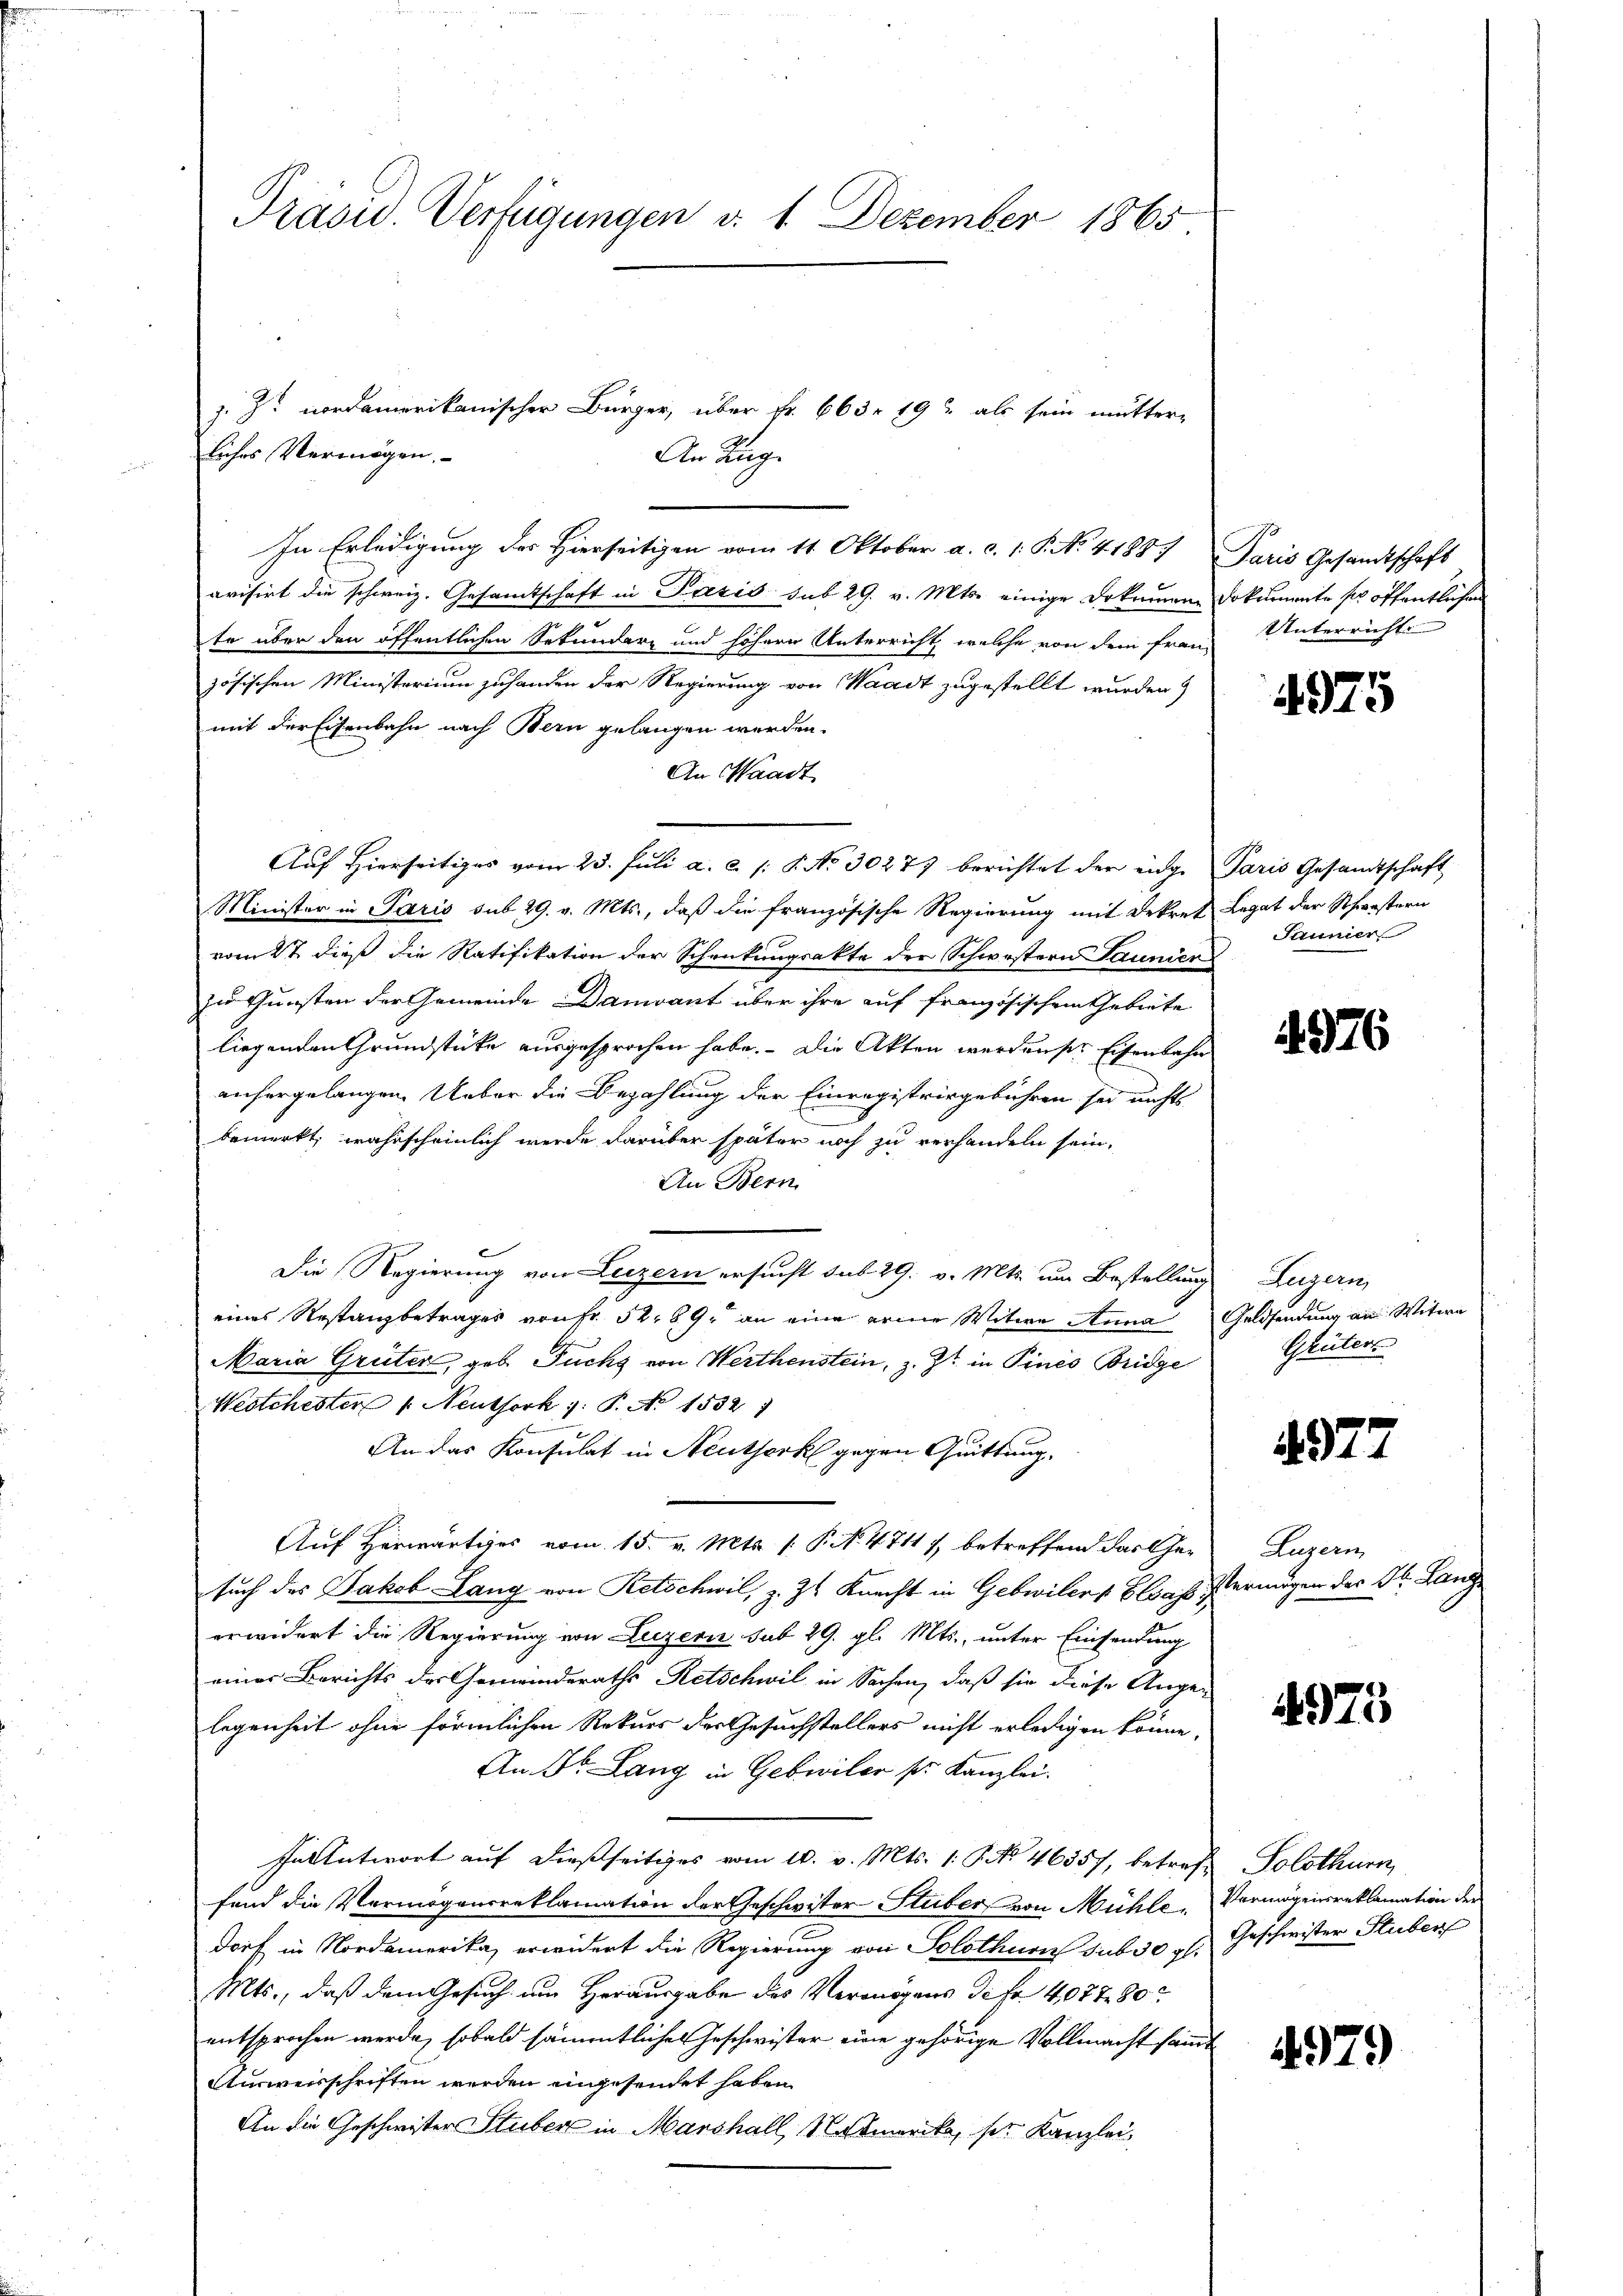
Präsu. Verfügungen d. 1. Dezember 1865

liches Vermögen.
In Erledigung des Hierseitigen vom 11. Oktober a. c. 1 S. No. 41887 Paris Gesandtschaft
avisirt die schweiz. Gesamtschaft in Pazis sub 29. v. Mts. einige Dokumen Dokumente ser öffentlichen
te über den öffentlichen Sekundarz und höhere Unterricht, welche von dem franz Unterricht
zösischen Ministerium zuhanden der Regierung von Waadt zugestellt wurden.
mit der Eisenbahn nach Bern gelangen werden.
An Waadt
Auf Hierseitiges vom 23. Juli a. c. s. S. No. 30277 berichtet der eidge Paris Gesandtschaft
Minister in Paris sub 29. v. Mts., daß die französische Regierung mit Dekret Legat der Schwestern
vom 2t dieß die Ratifikation der Schenkungsakte der Schwerstern Launici
zu Gunsten der Gemeinde Damvant über ihre auf französischem Gebiete
liegenden Grundstücke ausgesprochen habe. Die Akten werdenser Eisenbahn
anhergelangen. Ueber die Bezahlung der Einregistrirgebühren sei nichts
bemerkt, wahrscheinlich werde darüber später noch zu verhandeln sein,
An Bern
Die Regierung von Luzern ersucht sub 29. v. Mts. um Bestellung Luzern
eines Restanzbetrages von Fr. 52. 89. an eine einer Witwe Anna Geldsendung an Witwe
Maria Grüter, geb. Fuchs von Werthenstein, z. Zt. in Pines Bridge
Westchester 1. Neuthork v. P. No 1532
An das Konsulat in Neutherk gegen Quittung,
Auf Horwärtiges vom 15. v. Mts. (: P. NNo. 47117, betreffend das Gesuch des Jakob Lang von Retschwil, z. Z. Knecht in Gebwiler - Elsas Vermögen der St. Lang
erwidert die Regierung von Luzern sub 29. gl. Mts., unter Einsendung
einer Berichts des Gemeinderaths Retschwil in Sachen, daß sie diese Angelegenheit ohne förmlichen Rekurs der Gesuchstellers nicht erledigen könne,
An St. Lang in Gebwiler pr. Kanzlei.
In Antwort aŭf dießseitiges vom 10. v. Mts. 1. No 46357, betreff Solothurn,
fend die Vermögensreklamation der Geschwister Stuber von Mühle, Vermögensreklamation der
dorf in Nordamerika, erwidert die Regierung von Solothurn sub 30 rl. Geschwister Stuber
Mts., daß dem Gesuch am Herausgabe des Vermögens de fr. 4077 80
entsprochen werde, sobald sämmtliches Geschwister eine gehörige Vollmacht sammt
Ausweisschriften werden eingesendet haben.
An die Geschwister Stuber in Marshall Notmerika, ses Kanzlei,

J. Z. nordamerikanischer Bürger, über Fr. 663. 192 als sein mutter-
An Zug.

4975

Jannier

4976

Grüters

977

Luzern

4975

4979